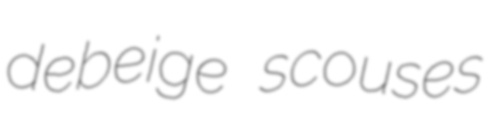
debeige scouses